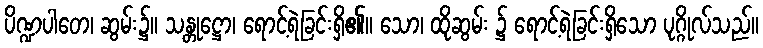
ပိဏ္ဍပါတေ၊ ဆွမ်း၌။ သန္တုဋ္ဌော၊ ရောင့်ရဲခြင်းရှိ၏။ သော၊ ထိုဆွမ်း ၌ ရောင့်ရဲခြင်းရှိသော ပုဂ္ဂိုလ်သည်။